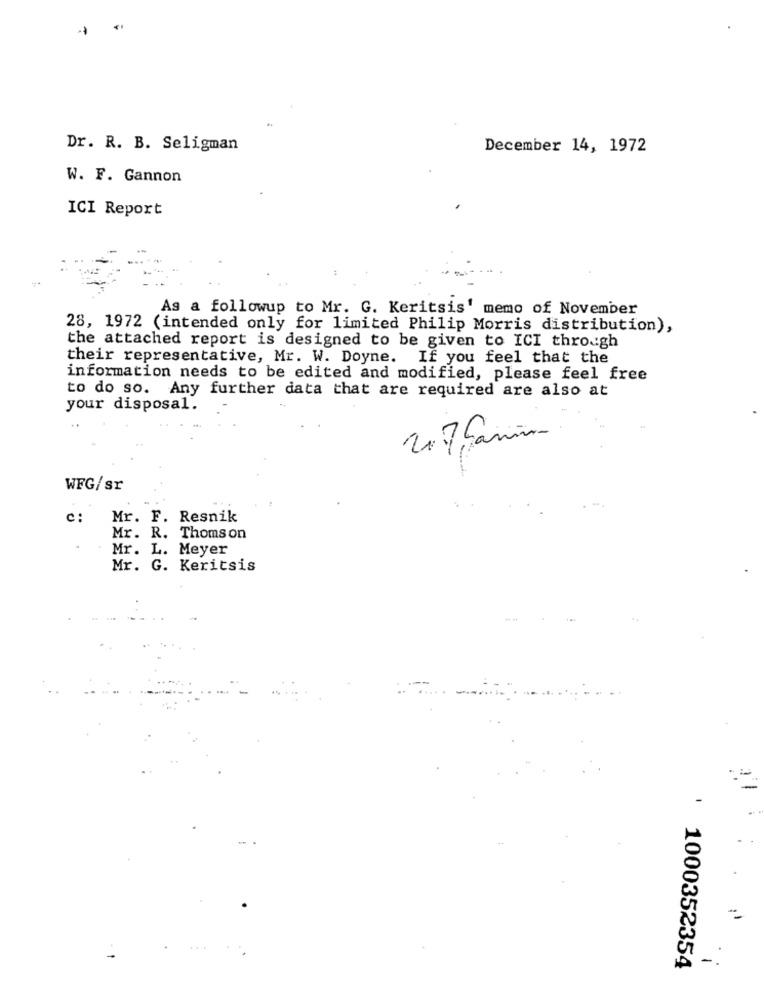
Dr. R. B. Seligman
December 14, 1972
W. F. Gannon
ICI Report
As a followup to Mr. G. Keritsis' memo of November
28, 1972 (intended only for limited Philip Morris distribution),
the attached report is designed to be given to ICI through
their representative, Mr. W. Doyne. If you feel that the
information needs to be edited and modified, please feel free
to do so. Any further data that are required are also at
your disposal.
2.7,Gamin
WFG/sr
...
c:
Mr. F. Resnik
Mr. R. Thomson
Mr. L. Meyer
Mr. G. Keritsis
-
...
-.
1000352354